Report of the Indian Hemp Drugs Commission, 1894-1895 - Volume V
Year: 1894
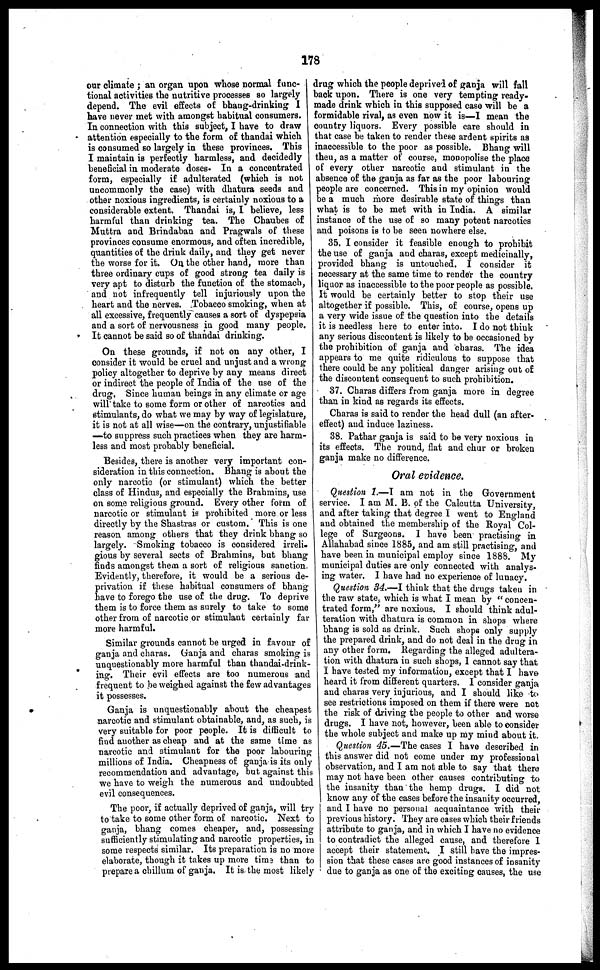
178
our climate; an organ upon whose normal func-
tional activities the nutritive processes so largely
depend. The evil effects of bhang-drinking I
have never met with amongst habitual consumers.
In connection with this subject, I have to draw
attention especially to the form of thandai which
is consumed so largely in these provinces. This
I maintain is perfectly harmless, and decidedly
beneficial in moderate doses. In a concentrated
form, especially if adulterated (which is not
uncommonly the case) with dhatura seeds and
other noxious ingredients, is certainly noxious to a
considerable extent. Thandai is, I believe, less
harmful than drinking tea. The Chaubes of
Muttra and Brindaban and Pragwals of these
provinces consume enormous, and often incredible,
quantities of the drink daily, and they get never
the worse for it. On the other hand, more than
three ordinary cups of good strong tea daily is
very apt to disturb the function of the stomach,
and not infrequently tell injuriously upon the
heart and the nerves. Tobacco smoking, when at
all excessive, frequently causes a sort of dyspepsia
and a sort of nervousness in good many people.
It cannot be said so of thandai drinking.
On these grounds, if not on any other, I
consider it would be cruel and unjust and a wrong
policy altogether to deprive by any means direct
or indirect the people of India of the use of the
drug, Since human beings in any climate or age
will take to some form or other of narcotics and
stimulants, do what we may by way of legislature,
it is not at all wise—on the contrary, unjustifiable
—to suppress such practices when they are harm-
less and most probably beneficial.
Besides, there is another very important con-
sideration in this connection. Bhang is about the
only narcotic (or stimulant) which the better
class of Hindus, and especially the Brahmins, use
on some religious ground. Every other form of
narcotic or stimulant is prohibited more or less
directly by the Shastras or custom. This is one
reason among others that they drink bhang so
largely. Smoking tobacco is considered irreli-
gious by several sects of Brahmins, but bhang
finds amongst them a sort of religious sanction.
Evidently, therefore, it would be a serious de-
privation if these habitual consumers of bhang
have to forego the use of the drug. To deprive
them is to force them as surely to take to some
other from of narcotic or stimulant certainly far
more harmful.
Similar grounds cannot be urged in favour of
ganja and charas. Ganja and charas smoking is
unquestionably more harmful than thandai-drink-
ing. Their evil effects are too numerous and
frequent to be weighed against the few advantages
it possesses.
Ganja is unquestionably about the cheapest
narcotic and stimulant obtainable, and, as such, is
very suitable for poor people. It is difficult to
find another as cheap and at the same time as
narcotic and stimulant for the poor labouring
millions of India. Cheapness of ganja is its only
recommendation and advantage, but against this
we have to weigh the numerous and undoubted
evil consequences.
The poor, if actually deprived of ganja, will try
to take to some other form of narcotic. Next to
ganja, bhang comes cheaper, and, possessing
sufficiently stimulating and narcotic properties, in
some respects similar. Its preparation is no more
elaborate, though it takes up more time than to
prepare a chillum of ganja. It is the most likely
drug which the people deprived of ganja will fall
back upon. There is one very tempting ready-
made drink which in this supposed case will be a
formidable rival, as even now it is—I mean the
country liquors. Every possible care should in
that case be taken to render these ardent spirits as
inaccessible to the poor as possible. Bhang will
then, as a matter of course, monopolise the place
of every other narcotic and stimulant in the
absence of the ganja as far as the poor labouring
people are concerned. This in my opinion would
be a much more desirable state of things than
what is to be met with in India. A similar
instance of the use of so many potent narcotics
and poisons is to be seen nowhere else.
35. I consider it feasible enough to prohibit
the use of ganja and charas, except medicinally,
provided bhang is untouched. I consider it
necessary at the same time to render the country
liquor as inaccessible to the poor people as possible.
It would be certainly better to stop their use
altogether if possible. This, of course, opens up
a very wide issue of the question into the details
it is needless here to enter into. I do not think
any serious discontent is likely to be occasioned by
the prohibition of ganja and charas. The idea
appears to me quite ridiculous to suppose that
there could be any political danger arising out of
the discontent consequent to such prohibition.
37. Charas differs from ganja more in degree
than in kind as regards its effects.
Charas is said to render the head dull (an after-
effect) and induce laziness.
38. Pathar ganja is said to be very noxious in
its effects. The round, flat and chur or broken
ganja make no difference.
Oral evidence.
Question 1.—I am not in the Government
service. I am M. B. of the Calcutta University,
and after taking that degree I went to England
and obtained the membership of the Royal Col-
lege of Surgeons. I have been practising in
Allahabad since 1885, and am still practising, and
have been in municipal employ since 1888. My
municipal duties are only connected with analys-
ing water. I have had no experience of lunacy.
Question 34.—I think that the drugs taken in
the raw state, which is what I mean by "concen-
trated form," are noxious. I should think adul-
teration with dhatura is common in shops where
bhang is sold as drink. Such shops only supply
the prepared drink, and do not deal in the drug in
any other form. Regarding the alleged adultera-
tion with dhatura in such shops, I cannot say that
I have tested my information, except that I have
heard it from different quarters. I consider ganja
and charas very injurious, and I should like to
see restrictions imposed on them if there were not
the risk of driving the people to other and worse
drugs. I have not, however, been able to consider
the whole subject and make up my mind about it.
Question 45.—The cases I have described in
this answer did not come under my professional
observation, and I am not able to say that there
may not have been other causes contributing to
the insanity than the hemp drugs, I did not
know any of the cases before the insanity occurred,
and I have no personal acquaintance with their
previous history. They are cases which their friends
attribute to ganja, and in which I have no evidence
to contradict the alleged cause, and therefore I
accept their statement. I still have the impres-
sion that these cases are good instances of insanity
due to ganja as one of the exciting causes, the use